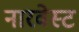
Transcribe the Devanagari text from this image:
नारवेस्ट